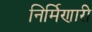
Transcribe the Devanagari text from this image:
निर्मिणारी